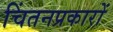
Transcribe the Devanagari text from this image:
चिंतनप्रकारों